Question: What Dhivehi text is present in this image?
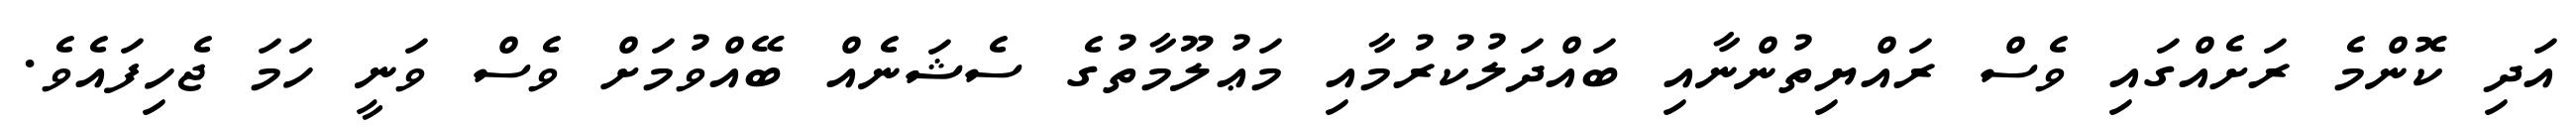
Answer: އަދި ކޮންމެ ރަށެއްގައި ވެސް ރައްޔިތުންނާއި ބައްދަލުކުރުމާއި މަޢުލޫމާތުގެ ސެޝަނެއް ބޭއްވުމަށް ވެސް ވަނީ ހަމަ ޖެހިފައެވެ.